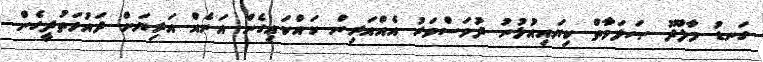
ގަނޑު މާލޫދު ޞަލަވާތް ކިޔައިއުޅުނު ދުވަސްވަރު އެއްއަރިން ކައްކައިގެން އަނެއް އަރިޔަށް ދައުވަތުދީގެން